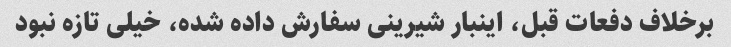
برخلاف دفعات قبل، اینبار شیرینی سفارش داده شده، خیلی تازه نبود